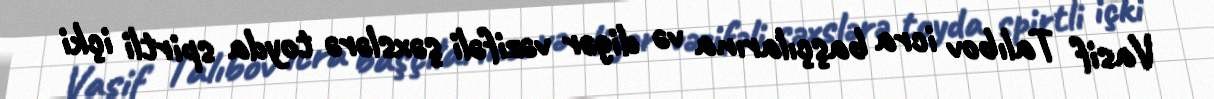
Vasif Talıbov icra başçılarına və digər vəzifəli şəxslərə toyda spirtli içki